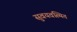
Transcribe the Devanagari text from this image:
सुवयवस्थित